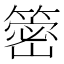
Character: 䈼